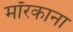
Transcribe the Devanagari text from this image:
मॉरकाना